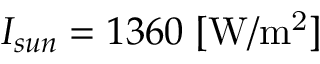
I _ { s u n } = 1 3 6 0 \; \mathrm { [ W / m ^ { 2 } ] }